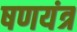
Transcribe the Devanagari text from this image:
षणयंत्र